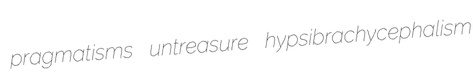
pragmatisms untreasure hypsibrachycephalism